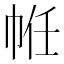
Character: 𢂧